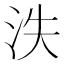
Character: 泆